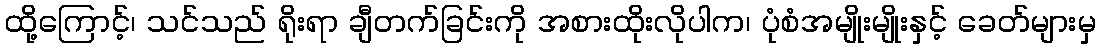
ထို့ကြောင့်၊ သင်သည် ရိုးရာ ချီတက်ခြင်းကို အစားထိုးလိုပါက၊ ပုံစံအမျိုးမျိုးနှင့် ခေတ်များမှ